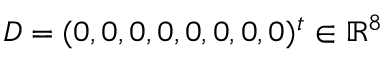
D = ( 0 , 0 , 0 , 0 , 0 , 0 , 0 , 0 ) ^ { t } \in \mathbb { R } ^ { 8 }